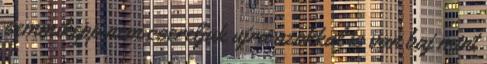
semmikepp nem csereljuk ujra azokkal is van baj mint